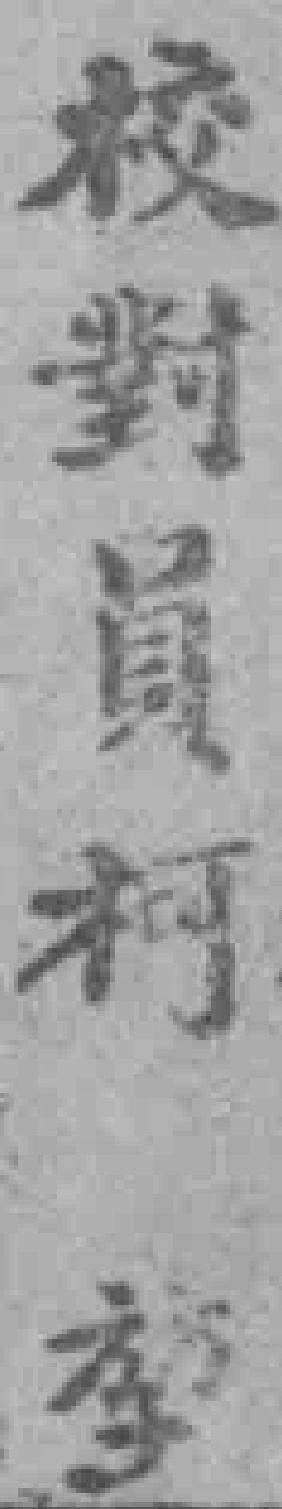
校對員柯*